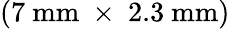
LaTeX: (7~\mathrm{mm}\ \times\ 2.3~\mathrm{mm})